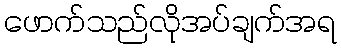
ဖောက်သည်လိုအပ်ချက်အရ